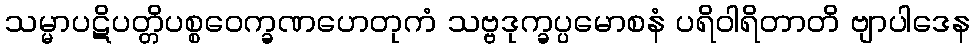
သမ္မာပဋိပတ္တိပစ္စဝေက္ခဏဟေတုကံ သဗ္ဗဒုက္ခပ္ပမောစနံ ပရိဝါရိတာတိ ဗျာပါဒေန